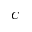
C